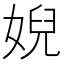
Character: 婗